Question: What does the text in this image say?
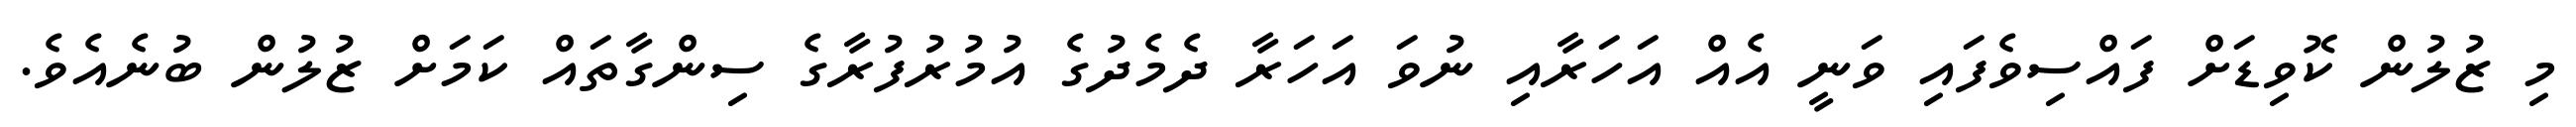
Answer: މި ޒުލުން ކޮވިޑަށް ފައްސިވެފައި ވަނީ އެއް އަހަރާއި ނުވަ އަހަރާ ދެމެދުގެ އުމުރުފުރާގެ ސިންގާތައް ކަމަށް ޒުލުން ބުނެއެވެ.